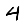
Digit: 4